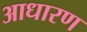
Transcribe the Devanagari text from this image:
आधारण